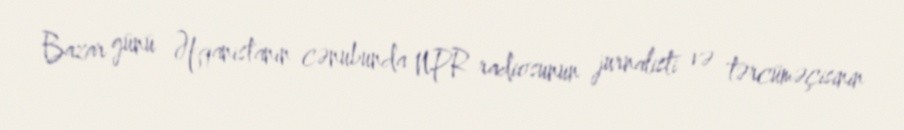
Bazar günü Əfqanistanın cənubunda NPR radiosunun jurnalisti və tərcüməçisinin